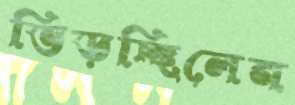
ভিড়চ্ছিলেন